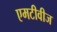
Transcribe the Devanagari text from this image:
एमटीवीज